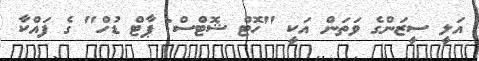
އަލީ ސީޒަންގެ ވަތަން އަކީ "ހޮޓް ޝޮޓްސް: ޕާޓް ޑުހް" ގެ ފައްކާ